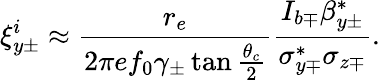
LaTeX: \xi_{y\pm}^{i}\approx\frac{r_{e}}{2\pi ef_{0}\gamma_{\pm}\tan\frac{\theta_{c}}{2}}\frac{I_{b\mp}\beta_{y\pm}^{*}}{\sigma_{y\mp}^{*}\sigma_{z\mp}}.